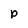
Character: p